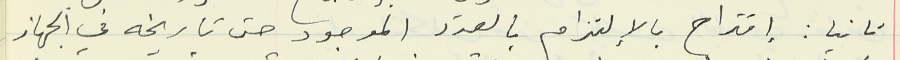
ثانيا : إقتراح بالإلتزام بالعدد الموجود حتى تاريخه في الجهاز